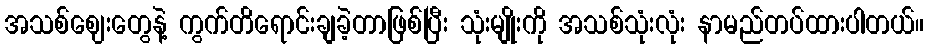
အသစ်ဈေးတွေနဲ့ ကွက်တိရောင်းချခဲ့တာဖြစ်ပြီး သုံးမျိုးကို အသစ်သုံးလုံး နာမည်တပ်ထားပါတယ်။